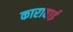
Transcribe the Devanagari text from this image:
कारावाई